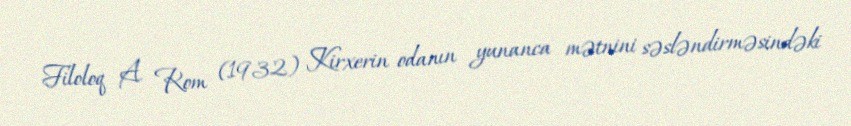
Filoloq A. Rom (1932) Kirxerin odanın yunanca mətnini səsləndirməsindəki